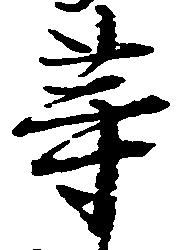
等